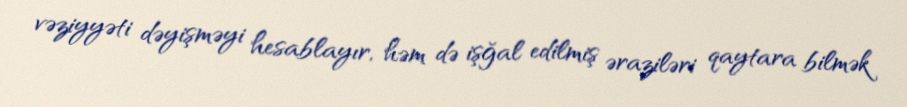
vəziyyəti dəyişməyi hesablayır, həm də işğal edilmiş əraziləri qaytara bilmək